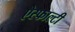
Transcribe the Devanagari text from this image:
ऐस्फाल्टी